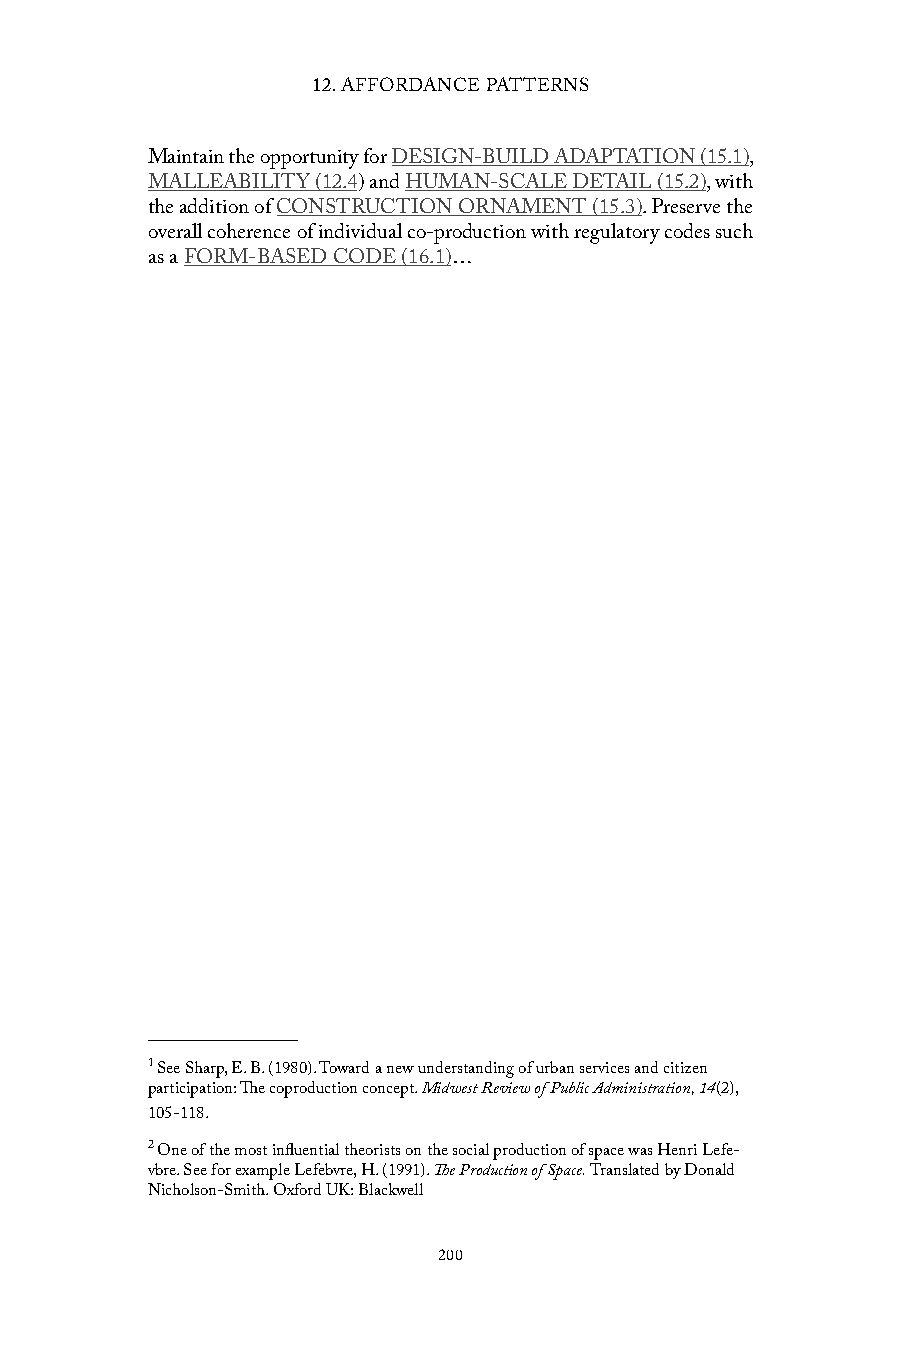
12. AFFORDANCE PATTERNS
 Maintain the opportunity for DESIGN-BUILD ADAPTATION (15.1),
 MALLEABILITY (12.4) and HUMAN-SCALE DETAIL (15.2), with
 the addition of CONSTRUCTION ORNAMENT (15.3). Preserve the
 overall coherence of individual co-production with regulatory codes such
 as a FORM-BASED CODE (16.1)…
 1 See Sharp, E. B. (1980). Toward a new understanding of urban services and citizen
 participation: The coproduction concept. Midwest Review of Public Administration, 14(2),
 105-118.
 2 One of the most influential theorists on the social production of space was Henri Lefe-
 vbre. See for example Lefebvre, H. (1991). The Production of Space. Translated by Donald
 Nicholson-Smith. Oxford UK: Blackwell
 200